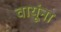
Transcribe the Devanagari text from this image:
वायूंना